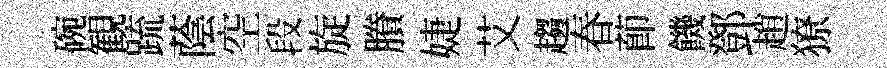
碗観䟽蔭空段旋賸婕艾趨春莭饑鄧趙獠